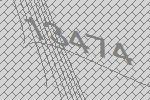
13474